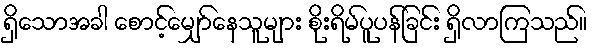
ရှိသောအခါ စောင့်မျှော်နေသူများ စိုးရိမ်ပူပန်ခြင်း ရှိလာကြသည်။